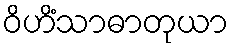
ဝိဟိံသာဓာတုယာ